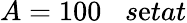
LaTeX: A=100\; \; \; s\mathrm{e}tat